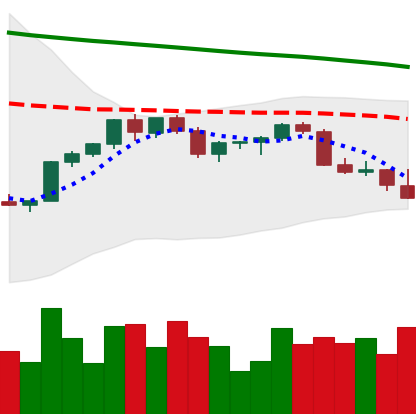
Ticker: XMR-USD
Chart end date: 2022-02-21
Forward return: 6.55%
Label: up_5_7